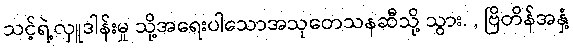
သင့်ရဲ့လှူဒါန်းမှု သို့အရေးပါသောအသုတေသနဆီသို့ သွား. , ဗြိတိန်အနှံ့